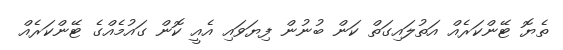
ތެޔޮ ޓޭންކަރެއް އަތުލައިގަތް ކަން ބުނުން ފިޔަވައި އެއީ ކޮން ގައުމެއްގެ ޓޭންކަރެއް